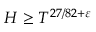
H \geq T ^ { 2 7 / 8 2 + \varepsilon }